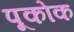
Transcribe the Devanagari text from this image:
पूकोक